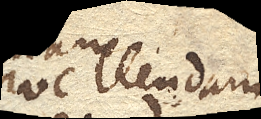
avellendam.